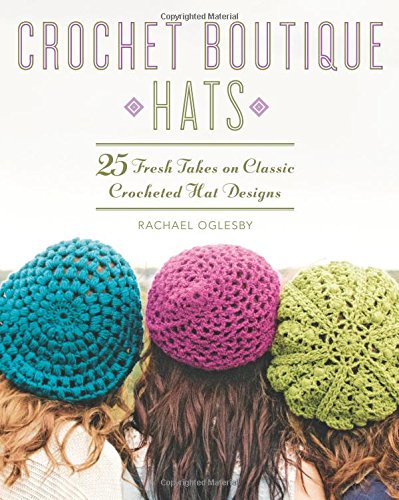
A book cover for Crochet Boutique: Hats: 25 Fresh Takes on Classic Crocheted Hat Designs; Rachael Oglesby; Crafts, Hobbies & Home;